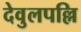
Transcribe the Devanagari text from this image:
देवुलपल्लि